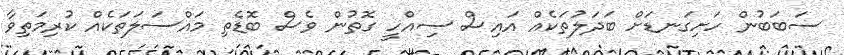
ސަބަބުން ހަށިގަނޑަށް ބަދަލުތަކެއް އައިސް ސިއްހީ ގޮތުން ވެސް ބޮޑެތި މައްސަލަތަކެއް ކުރިމަތިވާ